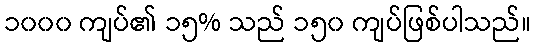
၁၀၀၀ ကျပ်၏ ၁၅% သည် ၁၅၀ ကျပ်ဖြစ်ပါသည်။